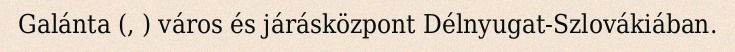
Galánta (, ) város és járásközpont Délnyugat-Szlovákiában.